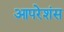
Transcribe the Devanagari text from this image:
आपरेशंस